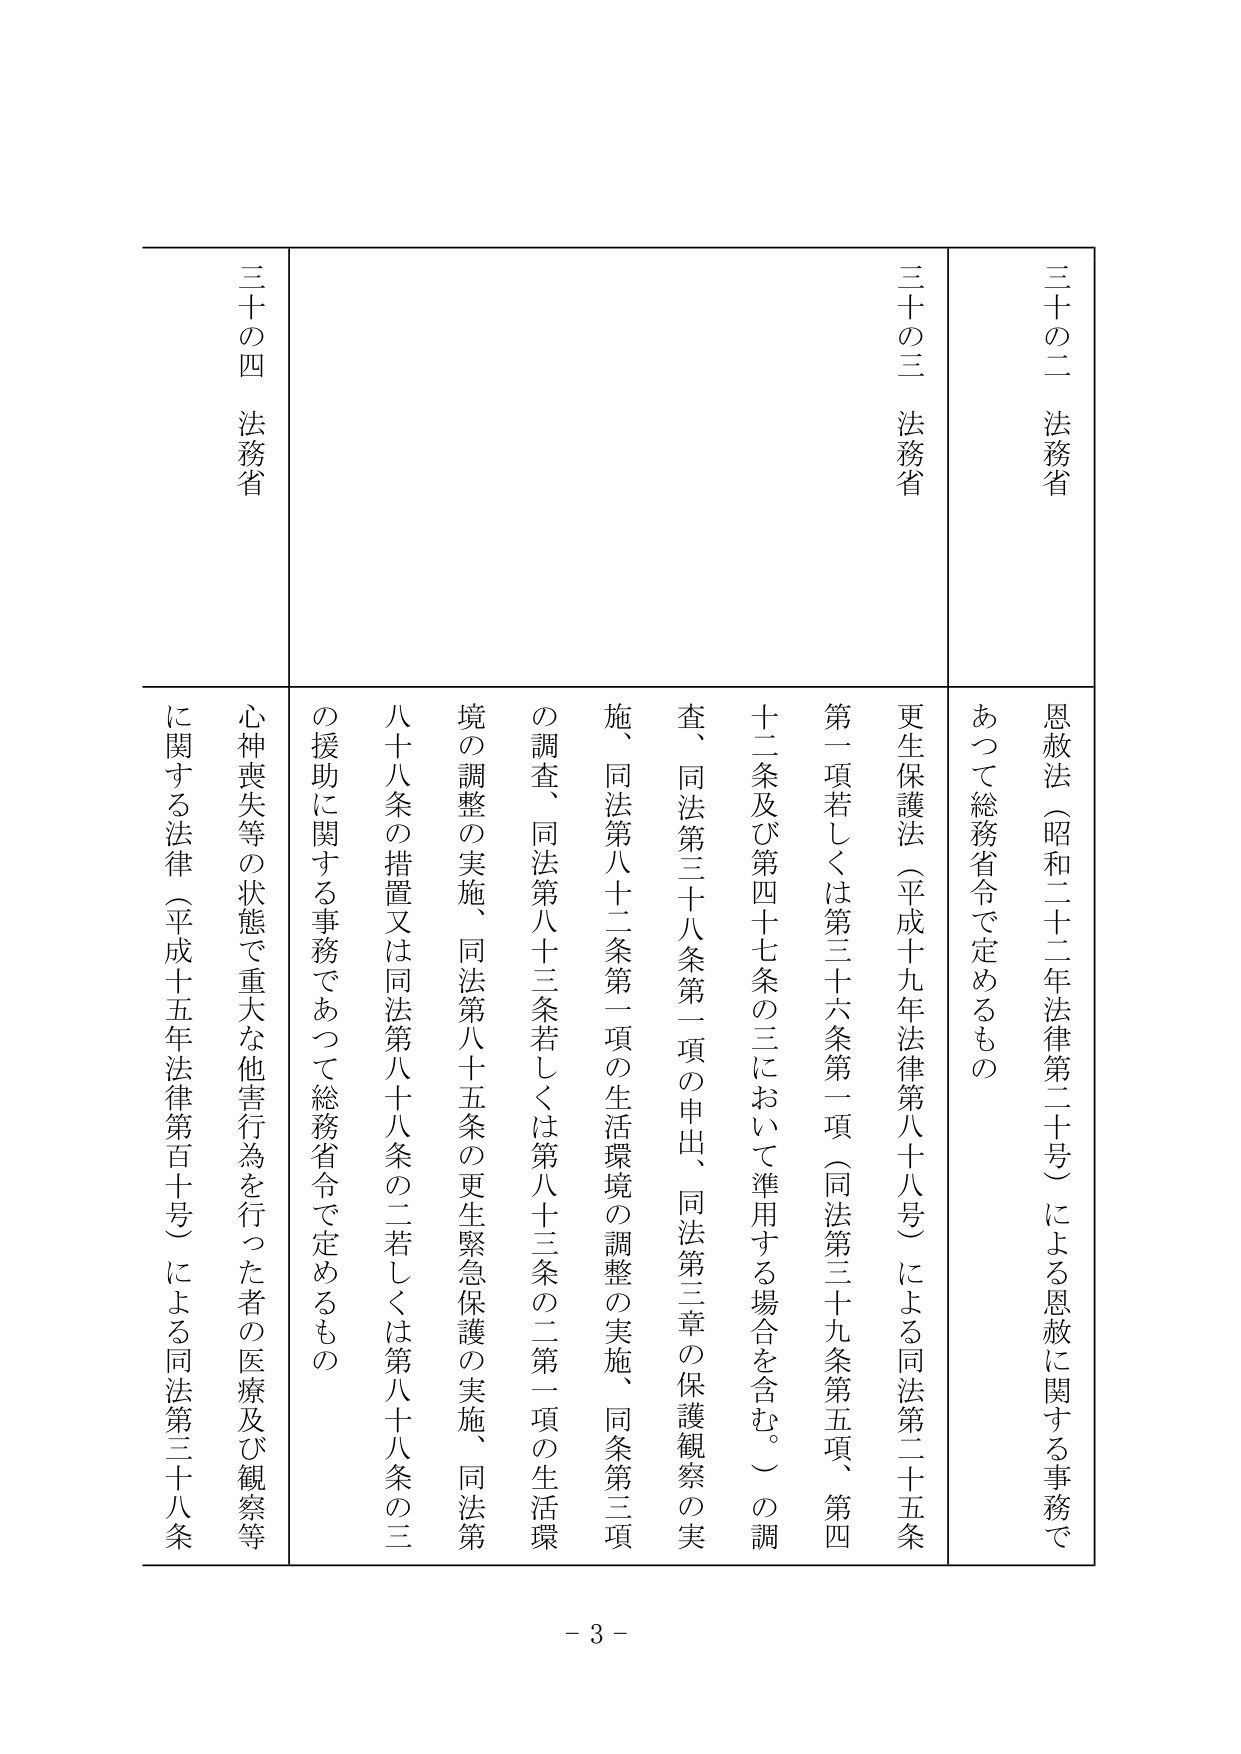
三十の二 法務省
恩赦法（昭和二十二年法律第二十号）による恩赦に関する事務であつて総務省令で定めるもの

三十の三 法務省
更生保護法（平成十九年法律第八十八号）による同法第二十五条第一項若しくは第三十六条第一項（同法第三十九条第五項、第四十二条及び第四十七条の三において準用する場合を含む。）の調査、同法第三十八条第一項の申出、同法第三章の保護観察の実施、同法第八十二条第一項の生活環境の調整の実施、同条第三項の調査、同法第八十三条若しくは第八十三条の二第一項の生活環境の調整の実施、同法第八十五条の更生緊急保護の実施、同法第八十八条の措置又は同法第八十八条の二若しくは第八十八条の三の援助に関する事務であつて総務省令で定めるもの

三十の四 法務省
心神喪失等の状態で重大な他害行為を行つた者の医療及び観察等に関する法律（平成十五年法律第百十号）による同法第三十八条

- 3 -